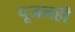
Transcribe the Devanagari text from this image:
पूजनही